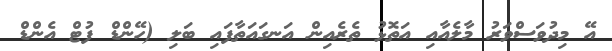
އޭ މިދުވަސްވަރު މާލެއާއި އަތޮޅު ތެރެއިން އަނގައަތާފައި ބަލި (ހޭންޑް ފުޓް އެންޑް